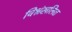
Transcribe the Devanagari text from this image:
विश्रंखलित